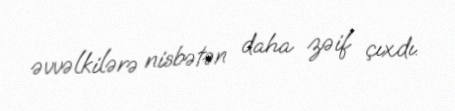
əvvəlkilərə nisbətən daha zəif çıxdı.